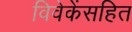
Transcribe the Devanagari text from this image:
विवेकेंसहित